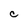
Character: C